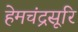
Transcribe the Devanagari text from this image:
हेमचंद्रसूरि